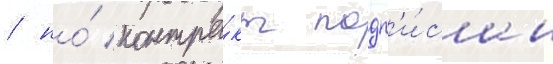
/ но́ контра́кт подп'и́сан